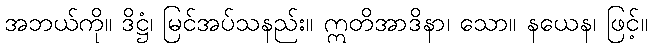
အဘယ်ကို။ ဒိဋ္ဌံ၊ မြင်အပ်သနည်း။ ဣတိအာဒိနာ၊ သော။ နယေန၊ ဖြင့်။